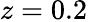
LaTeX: z=0.2